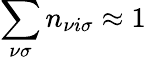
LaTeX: \sum_{\nu\sigma}n_{\nu i\sigma}\approx 1